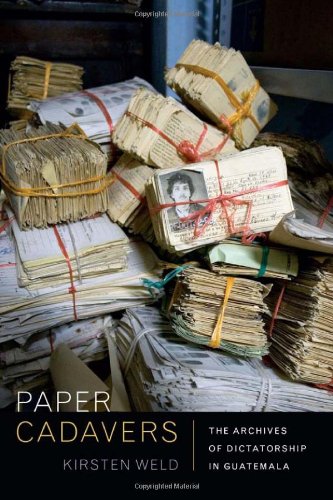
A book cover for Paper Cadavers: The Archives of Dictatorship in Guatemala (American Encounters/Global Interactions); Kirsten Weld; Law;